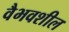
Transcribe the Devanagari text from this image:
वैभवशील